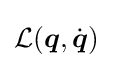
{\mathcal {L}}({\boldsymbol {q}},{\dot {\boldsymbol {q}}})